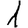
Digit: 1